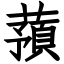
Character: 蕷